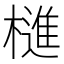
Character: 𣛎